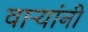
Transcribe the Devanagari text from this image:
वाऱ्यांनी